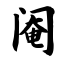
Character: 阉